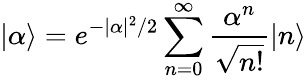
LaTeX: |\alpha\rangle=e^{-|\alpha|^{2}/2}\sum_{n=0}^{\infty}\frac{\alpha^{n}}{\sqrt{n!}}|n\rangle